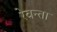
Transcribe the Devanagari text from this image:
रेवन्ता